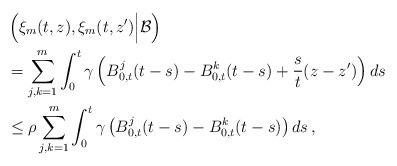
LaTeX: \begin{align*}&\left( \xi_m(t,z), \xi_m(t,z') \Big| \mathcal B\right)\\&=\sum_{j, k=1}^m \int_0^t \gamma\left( B_{0,t}^j(t-s) - B_{0,t}^k(t-s) + \frac{s}{t} (z-z')\right) ds\\&\le \rho \sum_{j, k=1}^m \int_0^t \gamma\left( B_{0,t}^j(t-s) - B_{0,t}^k(t-s) \right) ds\,,\end{align*}